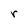
Character: r